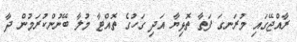
ރާއްޖޭގައި މުރަނގަ ފަތާ ތޮޅިޔާ އަދި ގަހުގެ ތޮއްޓާ މުލާ ބޭނުންކުރަމުން ދާ